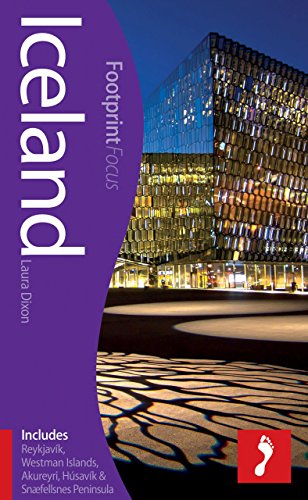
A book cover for Iceland Focus Guide: Includes ReykjavÃ­k, Westman Islands, Akureyri, HÃºsavÃ­k & Snaefellsnes Peninsula (Footprint Focus); Laura Dixon; Travel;